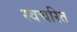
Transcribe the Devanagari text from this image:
स्वचरित